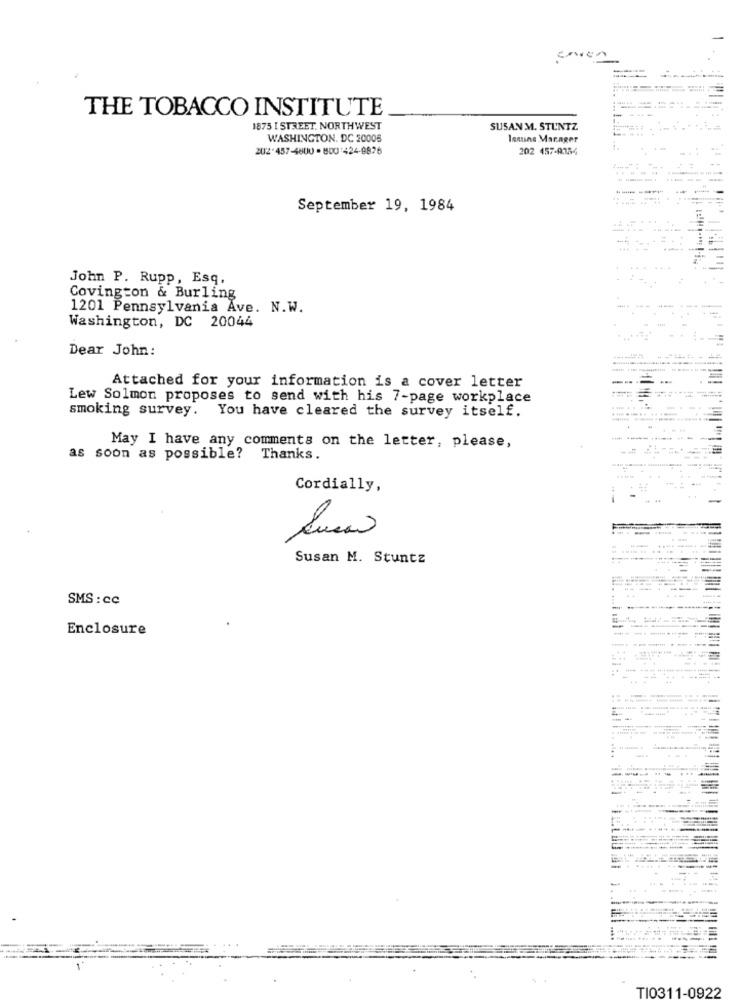
coven
THE TOBACCO INSTITUTE
1875 I STREET. NORTHWEST
SUSAN M. STUNTZ
WASHINGTON, DC 20006
lemine Manager
202 457-9384
.....
---
-- ----
.. .
September 19, 1984
John P. Rupp, Esq.
Covington & Burling
1201 Pennsylvania Ave. N.W.
Washington, DC 20044
Dear John:
....
Attached for your information is a cover letter
Lew Solmon proposes to send with his 7-page workplace
smoking survey. You have cleared the survey itself.
May I have any comments on the letter, please,
as soon as possible? Thanks.
Cordially,
-------
-----
.....
Susan M. Stuntz
---
SMS : cc
Enclosure
----------
.. .
. .
...
TI0311-0922